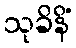
သုခိနိံ